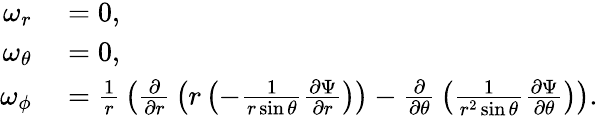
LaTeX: \begin{array}{rl}{\omega_{r}}&{{}=0,}\\ {\omega_{\theta}}&{{}=0,}\\ {\omega_{\phi}}&{{}={\frac{1}{r}}\left({\frac{\partial}{\partial r}}\left(r\left(-{\frac{1}{r\sin\theta}}{\frac{\partial\Psi}{\partial r}}\right)\right)-{\frac{\partial}{\partial\theta}}\left({\frac{1}{r^{2}\sin\theta}}{\frac{\partial\Psi}{\partial\theta}}\right)\right).}\end{array}